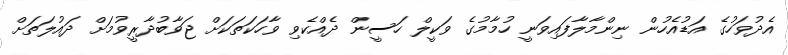
އެދުވަހުގެ އަޑުއެހުން ނިންމާލާފައިވަނީ ހުމާމުގެ ވަކީލް ހަސީން ދެއްކެވި ވާހަކަތަކަށް ޖަވާބުދާރީވުމަށް ދައުލަތަށް